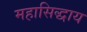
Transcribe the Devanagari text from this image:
महासिद्धाय